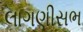
લાગણીસભ